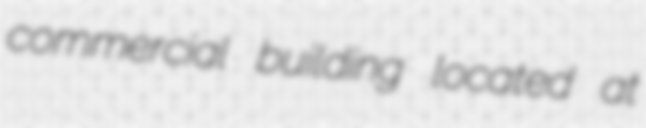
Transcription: commercial building located at